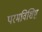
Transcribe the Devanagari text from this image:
परमविशिष्ट